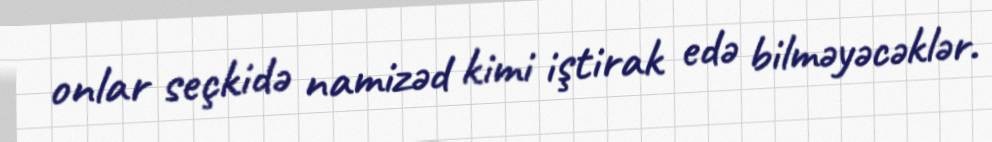
onlar seçkidə namizəd kimi iştirak edə bilməyəcəklər.